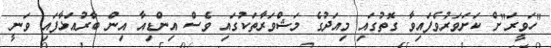
"ހަވީރަ"ށް ކަށަވަރުވެފައިވާ ގޮތުގައި މިއަދުގެ މަޝްވަރާތަކުގައި ވެސް އިންޑިއާ އިން ބާރުއަޅާފައި ވަނީ